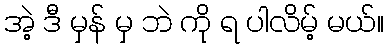
အဲ့ ဒီ မှန် မှ ဘဲ ကို ရ ပါလိမ့် မယ်။